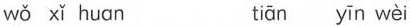
wǒ xǐ huαn tiān yīn wèi